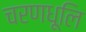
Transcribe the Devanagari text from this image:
चरणधूलि